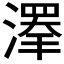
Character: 𱨰